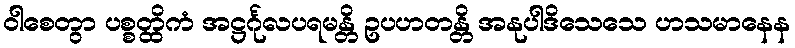
ဝါစေတွာ ပစ္စတ္ထိကံ အဋ္ဌင်္ဂုလပရမန္တိ ဥပဟတန္တိ အနုပါဒိသေသေ ဟသမာနေန